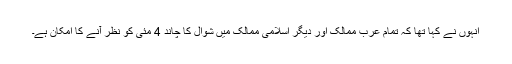
انہوں نے کہا تھا کہ تمام عرب ممالک اور دیگر اسلامی ممالک میں شوال کا چاند 4 مئی کو نظر آنے کا امکان ہے۔